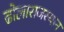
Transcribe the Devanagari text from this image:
ढोलाराजस्थान